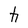
Character: h